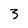
Character: 3